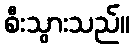
စီးသွားသည်။